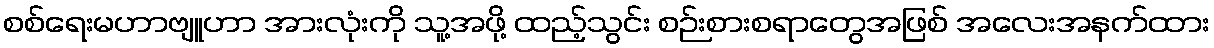
စစ်ရေးမဟာဗျူဟာ အားလုံးကို သူ့အဖို့ ထည့်သွင်း စဉ်းစားစရာတွေအဖြစ် အလေးအနက်ထား